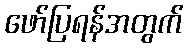
ဖော်ပြရန်အတွက်